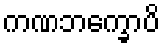
ကဏဘက္ခောပိ